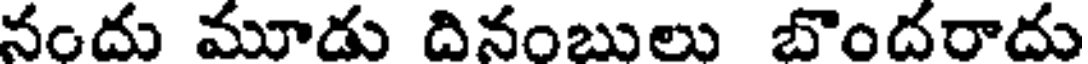
నందు మూడు దినంబులు బొందరాదు